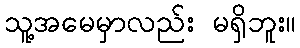
သူ့အမေမှာလည်း မရှိဘူး။